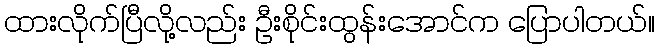
ထားလိုက်ပြီလို့လည်း ဦးစိုင်းထွန်းအောင်က ပြောပါတယ်။